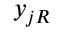
y _ { j R }